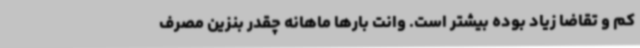
کم و تقاضا زیاد بوده بیشتر است. وانت بارها ماهانه چقدر بنزین مصرف